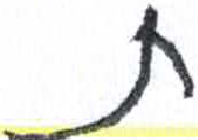
אות: ת